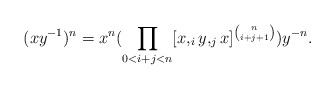
\begin{align*}(xy^{-1})^n=x^n (\prod_{0<i+j<n}[x,_i y,_j x]^{\binom{n}{i+j+1}})y^{-n}. \end{align*}